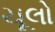
ચૂલો